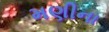
મણીના